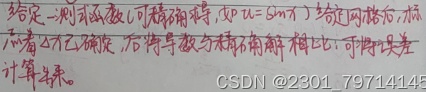
给定一测函数 \(f(x)\)（可精确求导，如 \(u = \sin x\)），给定网格后，标志点位置已确定，后将导数与差商解相比较，可得误差计算结果。CSDN @2301_79714145